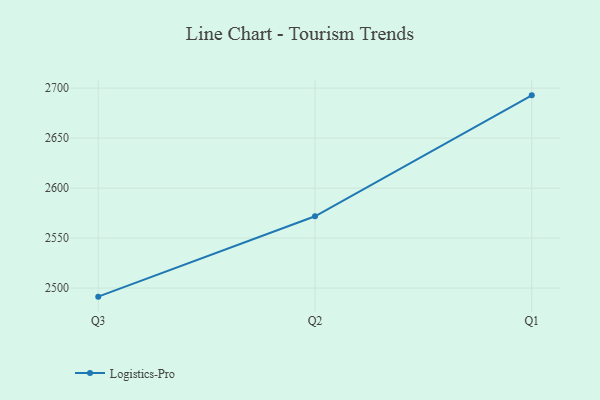
{"axis": {"x": "Quarter", "y": "LTV (USD)"}, "legend": ["Logistics-Pro"], "data": [{"x": "Q3", "y": 2491.4, "type": "Logistics-Pro"}, {"x": "Q2", "y": 2571.8, "type": "Logistics-Pro"}, {"x": "Q1", "y": 2692.8, "type": "Logistics-Pro"}]}